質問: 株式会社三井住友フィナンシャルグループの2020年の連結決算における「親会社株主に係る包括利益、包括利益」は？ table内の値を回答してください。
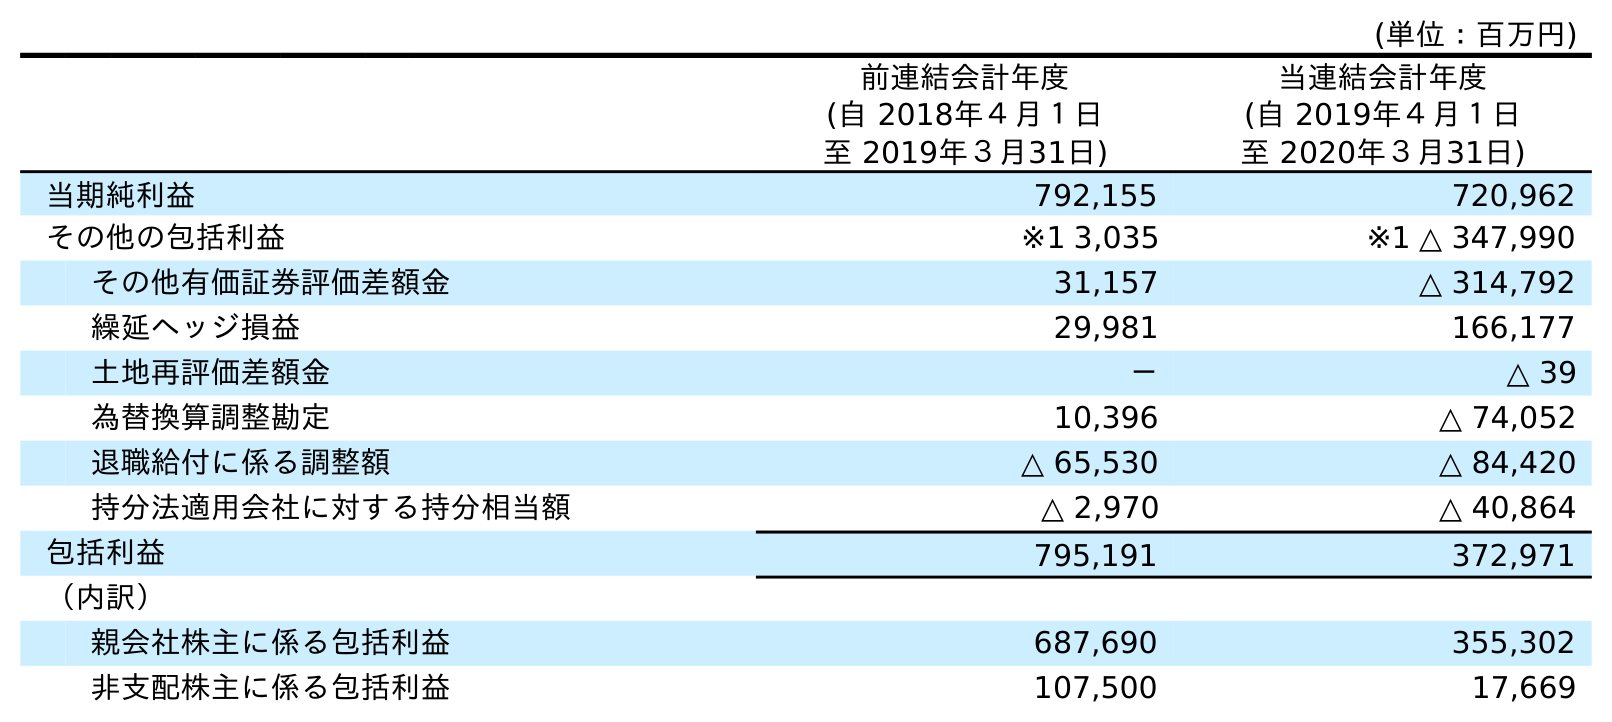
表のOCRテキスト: (単位：百万円) 前連結会計年度 (自 2018年４月１日 至 2019年３月31日) 当連結会計年度 (自 2019年４月１日 至 2020年３月31日) 当期純利益 792,155 720,962 その他の包括利益 ※1 3,035 ※1 △ 347,990 その他有価証券評価差額金 31,157 △ 314,792 繰延ヘッジ損益 29,981 166,177 土地再評価差額金 － △ 39 為替換算調整勘定 10,396 △ 74,052 退職給付に係る調整額 △ 65,530 △ 84,420 持分法適用会社に対する持分相当額 △ 2,970 △ 40,864 包括利益 795,191 372,971 （内訳） 親会社株主に係る包括利益 687,690 355,302 非支配株主に係る包括利益 107,500 17,669
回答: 355,302